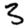
Digit: 3